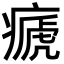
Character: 㾷